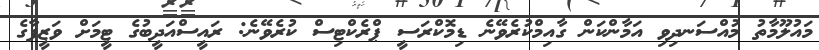
މައުލޫމާތު މުއްސަނދިވި އަމާންކަން ގާއިމްކުރެވޭނެ ޑިމޮކްރަސީ ޕްރެކްޓިސް ކުރެވޭނެ: ރައީސްއަދީބުގެ ޓީމަށް ވަޒީފާގެ